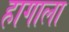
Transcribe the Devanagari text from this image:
हागाला